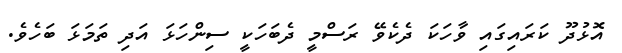
އޮޅުދޫ ކަރައިގައި ވާހަކަ ދެެކެވޭ ރަސްމީ ދެބަހަކީ ސިންހަޅަ އަދި ތަމަޅަ ބަހެވެ.